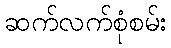
ဆက်လက်စုံစမ်း